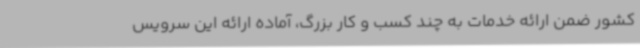
کشور ضمن ارائه خدمات به چند کسب و کار بزرگ، آماده ارائه این سرویس